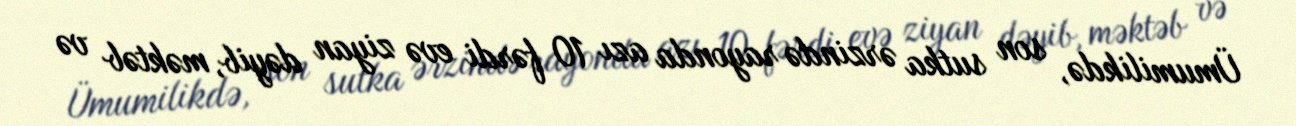
Ümumilikdə, son sutka ərzində rayonda azı 10 fərdi evə ziyan dəyib, məktəb və